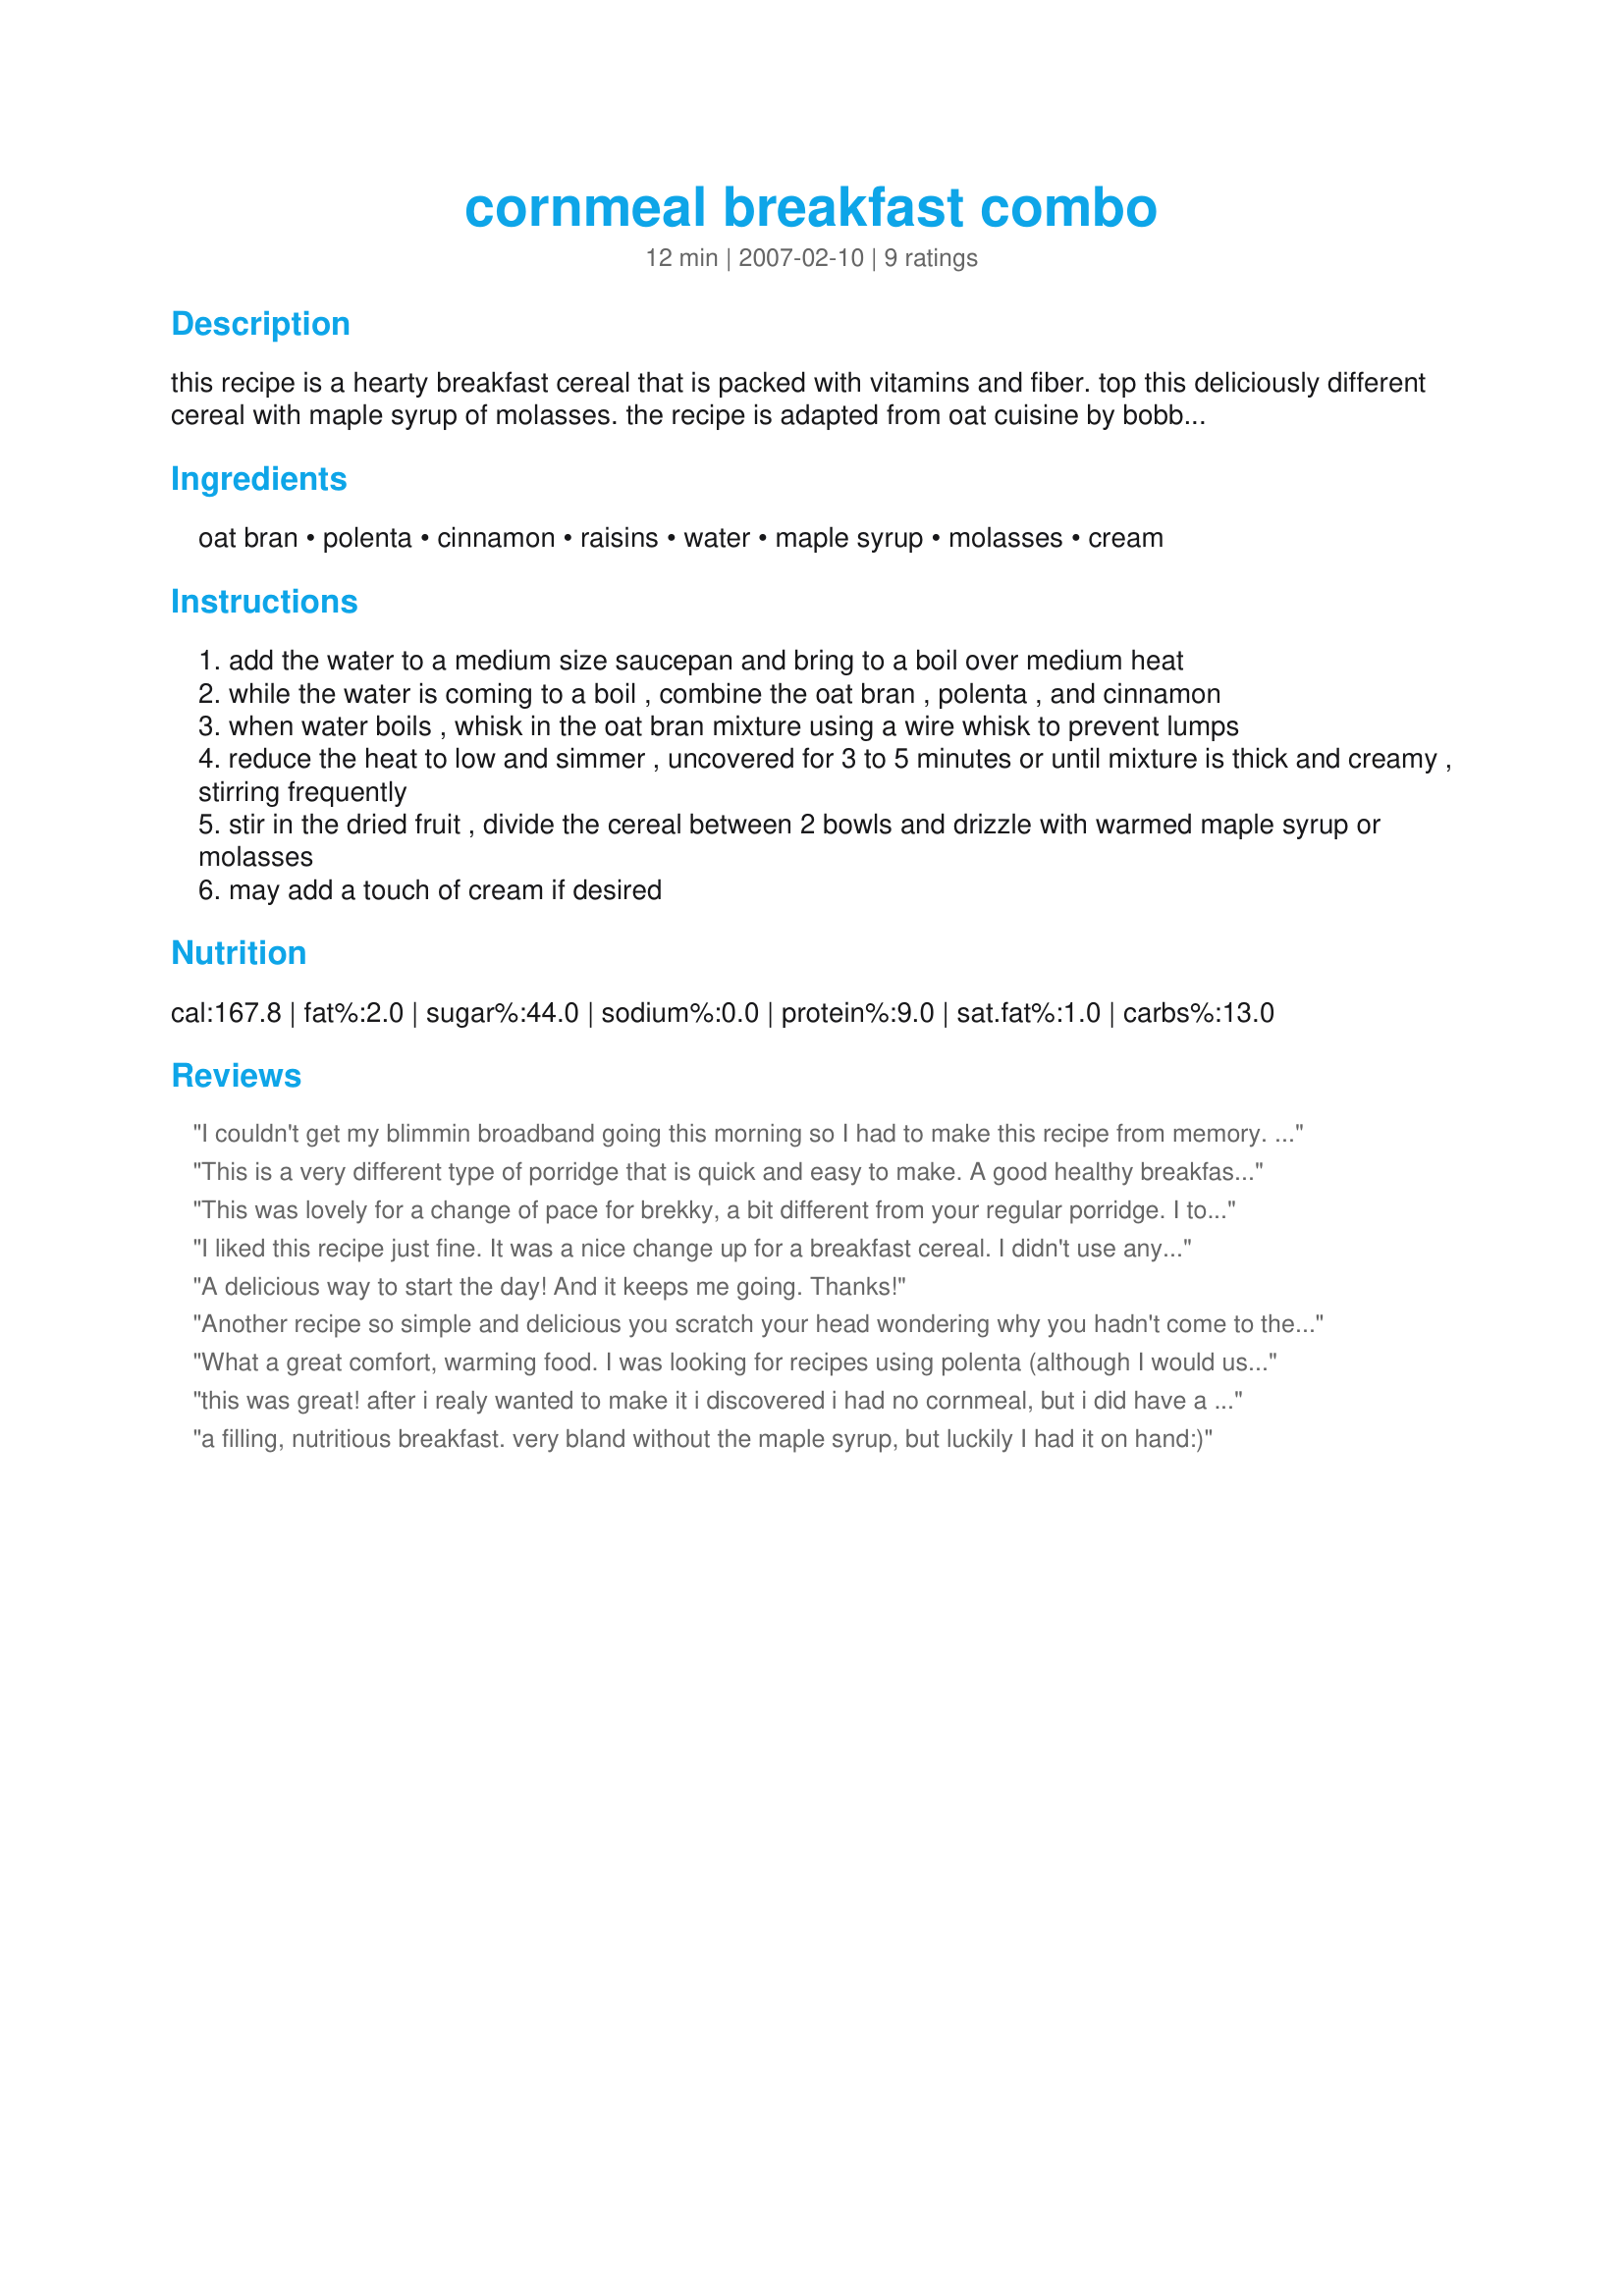
cornmeal breakfast combo
Preparation time: 12 minutes

this recipe is a hearty breakfast cereal that is packed with vitamins and fiber. top this deliciously different cereal with maple syrup of molasses. the recipe is adapted from oat cuisine by bobbie hinman.

Ingredients:
oat bran, polenta, cinnamon, raisins, water, maple syrup, molasses, cream

Steps:
add the water to a medium size saucepan and bring to a boil over medium heat
while the water is coming to a boil , combine the oat bran , polenta , and cinnamon
when water boils , whisk in the oat bran mixture using a wire whisk to prevent lumps
reduce the heat to low and simmer , uncovered for 3 to 5 minutes or until mixture is thick and creamy , stirring frequently
stir in the dried fruit , divide the cereal between 2 bowls and drizzle with warmed maple syrup or molasses
may add a touch of cream if desired

Reviews:
I couldn't get my blimmin broadband going this morning so I had to make this recipe from memory. In the end I made it with 1/3 cup oat bran, 1/3 cup polenta and 1 2/3 cups skim milk, then I covered it in golden syrup and ate it all up myself. Yummy! It definitely needed the extra liquid that I now see is listed (it was well stodgey!) and the cinnamon would definitely have added to it, but all in all this was a great, filling breakfast that definitely serves two (I just about managed to eat it all but I didn't need to eat again until 2.30pm after that!)! I'm a really boring breakfast person - weetabix in the summer, porridge in the winter, so it was such a nice change to be able to have a different hot breakfast that was still wholesome and tasty. I'll definitely have this again - next time I'll make it to the proper measurements and will add the cinnamon, but I'll probably continue to make it with milk because breakfast is the only time I get any calcium in me. Thanks for a great recipe, Paula!
This is a very different type of porridge that is quick and easy to make. A good healthy breakfast when you are looking for a break from oatmeal. DH said it was lacking depth and suggested adding nuts and maybe more raisins.
This was lovely for a change of pace for brekky, a bit different from your regular porridge. I topped with a little maple & some vanilla yoghurt, lovely thanks!
I liked this recipe just fine. It was a nice change up for a breakfast cereal. I didn't use any maple syrup or molasses, which might be why I thought it was good but not outstanding.
A delicious way to start the day! And it keeps me going. Thanks!
Another recipe so simple and delicious you scratch your head wondering why you hadn't come to the idea on your own. Pairing my morning staple of oats with polenta was a surefire hit - both are creamy and comforting. What really surprised me was just how well they went together with the cornmeal giving the dish a lovely sweetness that was heightened by the drizzle of maple. For the dried fruit, I used a combination of golden raisins, dried cranberries, and diced dried apricots. Will definitely keep a supply of the mix together for the future. Thanks!
What a great comfort, warming food. I was looking for recipes using polenta (although I would use freshly gorund cornmeal) and wanted to try this for something different in the morning. This is quite good, although I am not a maple syrup lover, so I used some freezer jam I had made this week and it was delicious! Another great healthy food idea from Paula.
this was great! after i realy wanted to make it i discovered i had no cornmeal, but i did have a bag of corn tortillas, so i just ground them up in the blender and added a bit more oat bran to make sure it thickened and it seems to be fine. i added a small handful of golden raisins, a couple tablespoons of dark molasses and a tbs or so of syrup and its perfect, thansk for a different and great warming recipe for breakfast in the cold months!
a filling, nutritious breakfast. very bland without the maple syrup, but luckily I had it on hand:)
